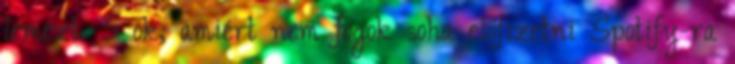
lemezt. 5 ok, amiért nem fogok soha előfizetni Spotify-ra